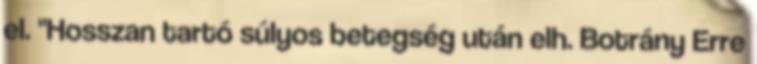
el. "Hosszan tartó súlyos betegség után elh. Botrány Erre